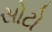
સોટો